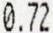
0.72